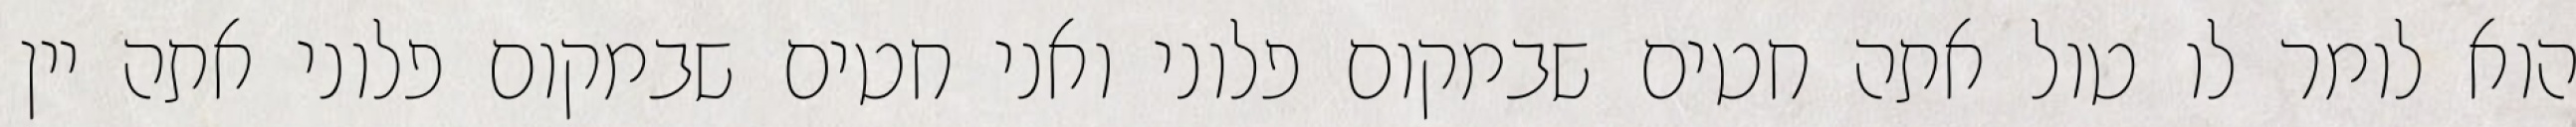
הוא לומר לו טול אתה חטים שבמקום פלוני ואני חטים שבמקום פלוני אתה יין